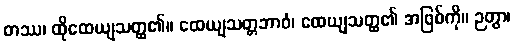
တဿ၊ ထိုထေယျသတ္ထ၏။ ထေယျသတ္တဘာဝံ၊ ထေယျသတ္ထ၏ အဖြစ်ကို။ ဉတွာ၊